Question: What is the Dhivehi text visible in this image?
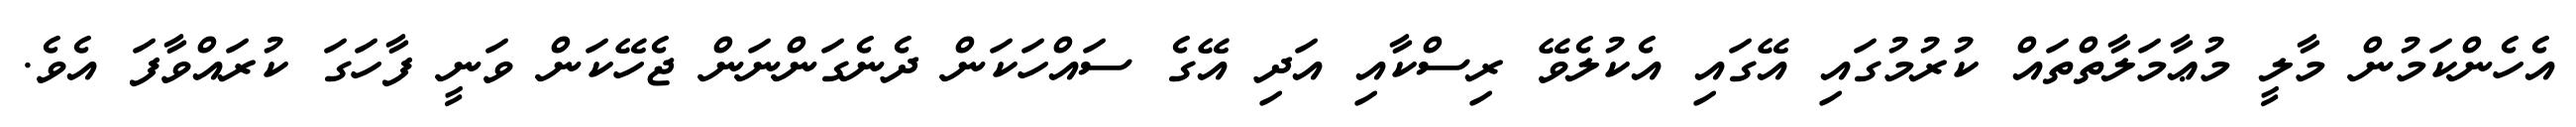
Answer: އެހެންކަމުން މާލީ މުޢާމަލާތްތައް ކުރުމުގައި އޭގައި އެކުލެވޭ ރިސްކާއި އަދި އޭގެ ސައްހަކަން ދެނެގަންނަން ޖެހޭކަން ވަނީ ފާހަގަ ކުރައްވާފަ އެވެ.